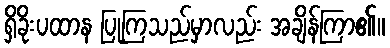
ရှိခိုးပထာန ပြုကြသည်မှာလည်း အချိန်ကြာ၏။